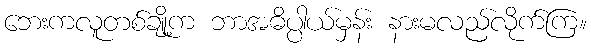
ဘေးကလူတစ်ချို့က ဘာအဓိပ္ပါယ်မှန်း နားမလည်လိုက်ကြ။